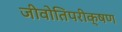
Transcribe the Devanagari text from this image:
जीवोतिपरीक्षण